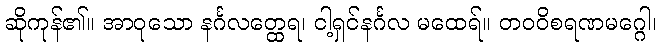
ဆိုကုန်၏။ အာဝုသော နင်္ဂလတ္ထေရ၊ ငါ့ရှင်နင်္ဂလ မထေရ်။ တဝဝိစရဏမဂ္ဂေါ၊